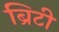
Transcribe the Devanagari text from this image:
ब्रिटी